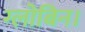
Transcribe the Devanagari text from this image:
ग्लोबिन।